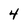
Character: 4